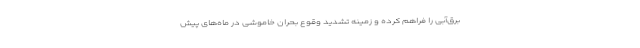
برق‌آبی را فراهم کرده و زمینه تشدید وقوع بحران خاموشی در ماه‌های پیش